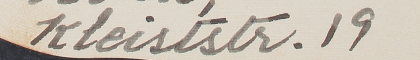
Kleiststr.19